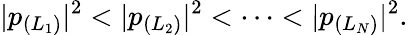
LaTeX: |p_{(L_{1})}|^{2}<|p_{(L_{2})}|^{2}<\cdots<|p_{(L_{N})}|^{2}.